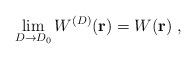
LaTeX: \begin{align*}\lim_{{D} \rightarrow {D_{0}}}W^{({D})}({\bf r}) =W({\bf r})\; ,\end{align*}